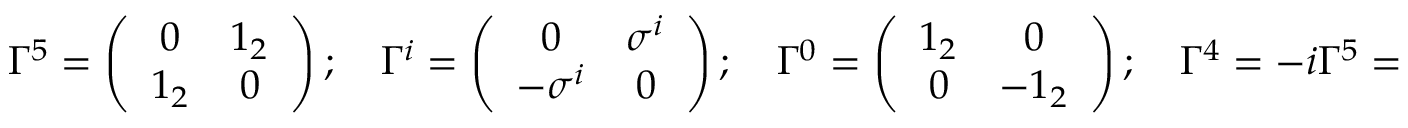
\Gamma ^ { 5 } = \left( \begin{array} { c c } { { 0 } } & { { 1 _ { 2 } } } \\ { { 1 _ { 2 } } } & { { 0 } } \end{array} \right) ; \quad \Gamma ^ { i } = \left( \begin{array} { c c } { { 0 } } & { { \sigma ^ { i } } } \\ { { - \sigma ^ { i } } } & { { 0 } } \end{array} \right) ; \quad \Gamma ^ { 0 } = \left( \begin{array} { c c } { { 1 _ { 2 } } } & { { 0 } } \\ { { 0 } } & { { - 1 _ { 2 } } } \end{array} \right) ; \quad \Gamma ^ { 4 } = - i \Gamma ^ { 5 } = \left( \begin{array} { c c } { { 0 } } & { { i _ { 2 } } } \\ { { i _ { 2 } } } & { { 0 } } \end{array} \right) .